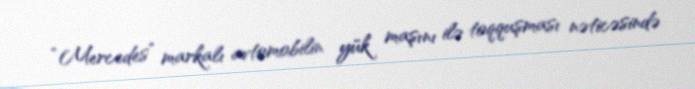
“Mercedes” markalı avtomobilin yük maşını ilə toqquşması nəticəsində